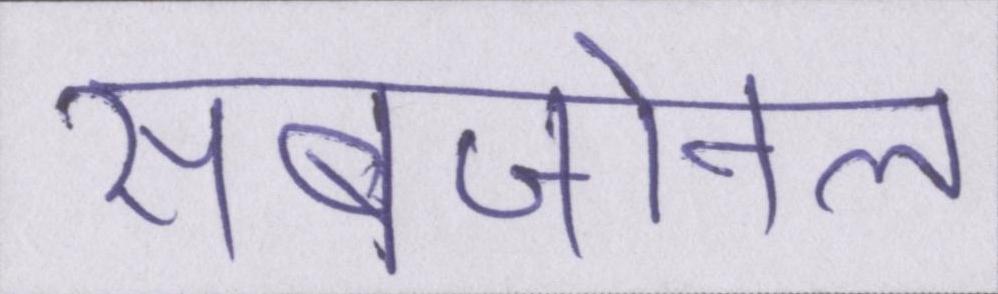
सबजोनल